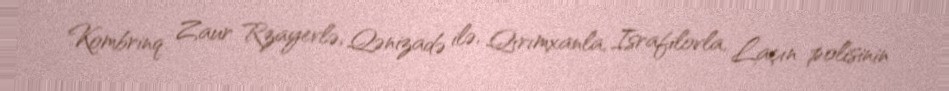
Kombrinq Zaur Rzayevlə, Qənizadə ilə, Qırımxanla, Israfilovla, Laçın polisinin